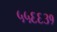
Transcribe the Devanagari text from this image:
५५६६३१